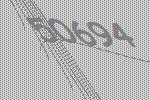
50694